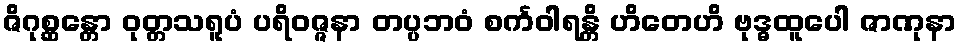
ဇိဂုစ္ဆန္တော ဝုတ္တသရူပံ ပရိဝဇ္ဇနာ တပ္ပဘဝံ စင်္ကဝါရန္တိ ဟိတေဟိ ဗုဒ္ဓထူပေါ ဇာဏုနာ